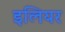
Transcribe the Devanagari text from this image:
इलियर